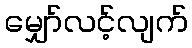
မျှော်လင့်လျက်